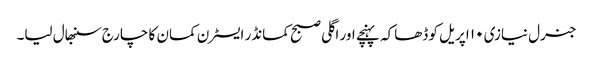
جنرل نیازی ۱۰ اپریل کو ڈھاکہ پہنچے اور اگلی صبح کمانڈر ایسٹرن کمان کا چارج سنبھال لیا۔